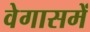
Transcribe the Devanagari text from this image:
वेगासमें